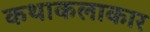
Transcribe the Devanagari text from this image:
कथाकलाकार